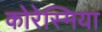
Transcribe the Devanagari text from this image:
कोरेस्मिया